38_143685_box_Incident_Summaries_173-233
Agency: Department of War
Page 26
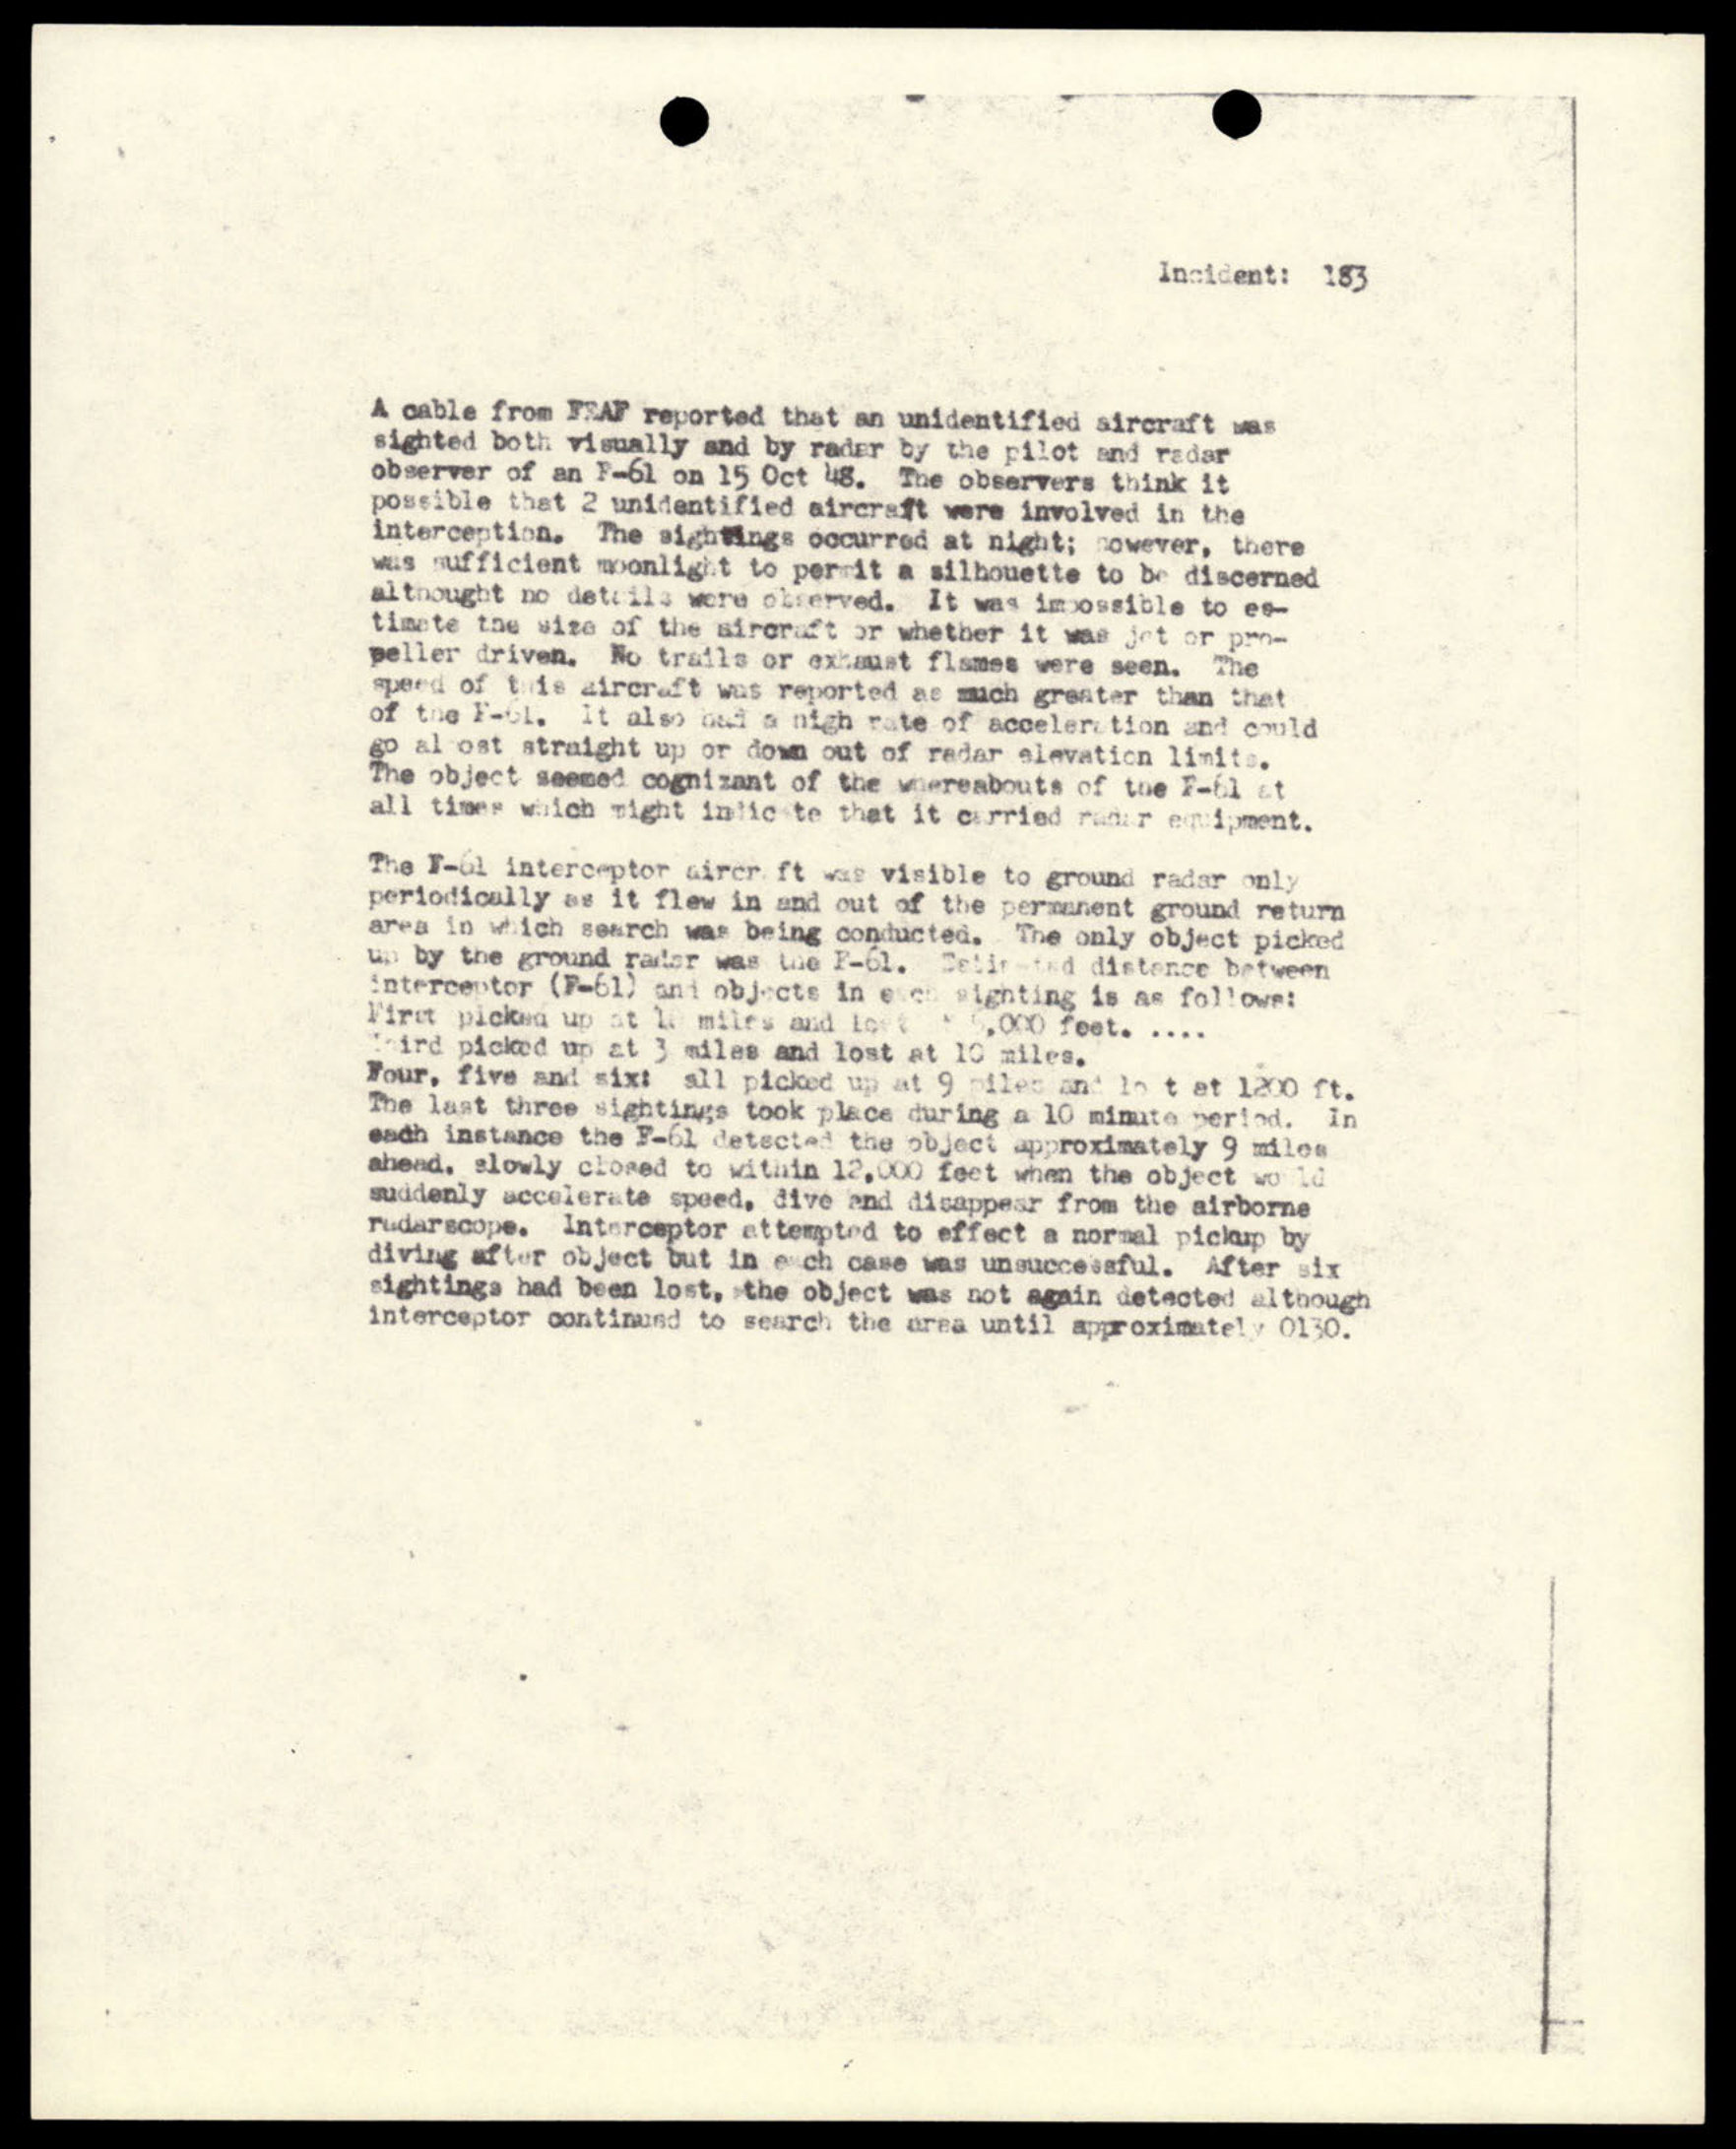